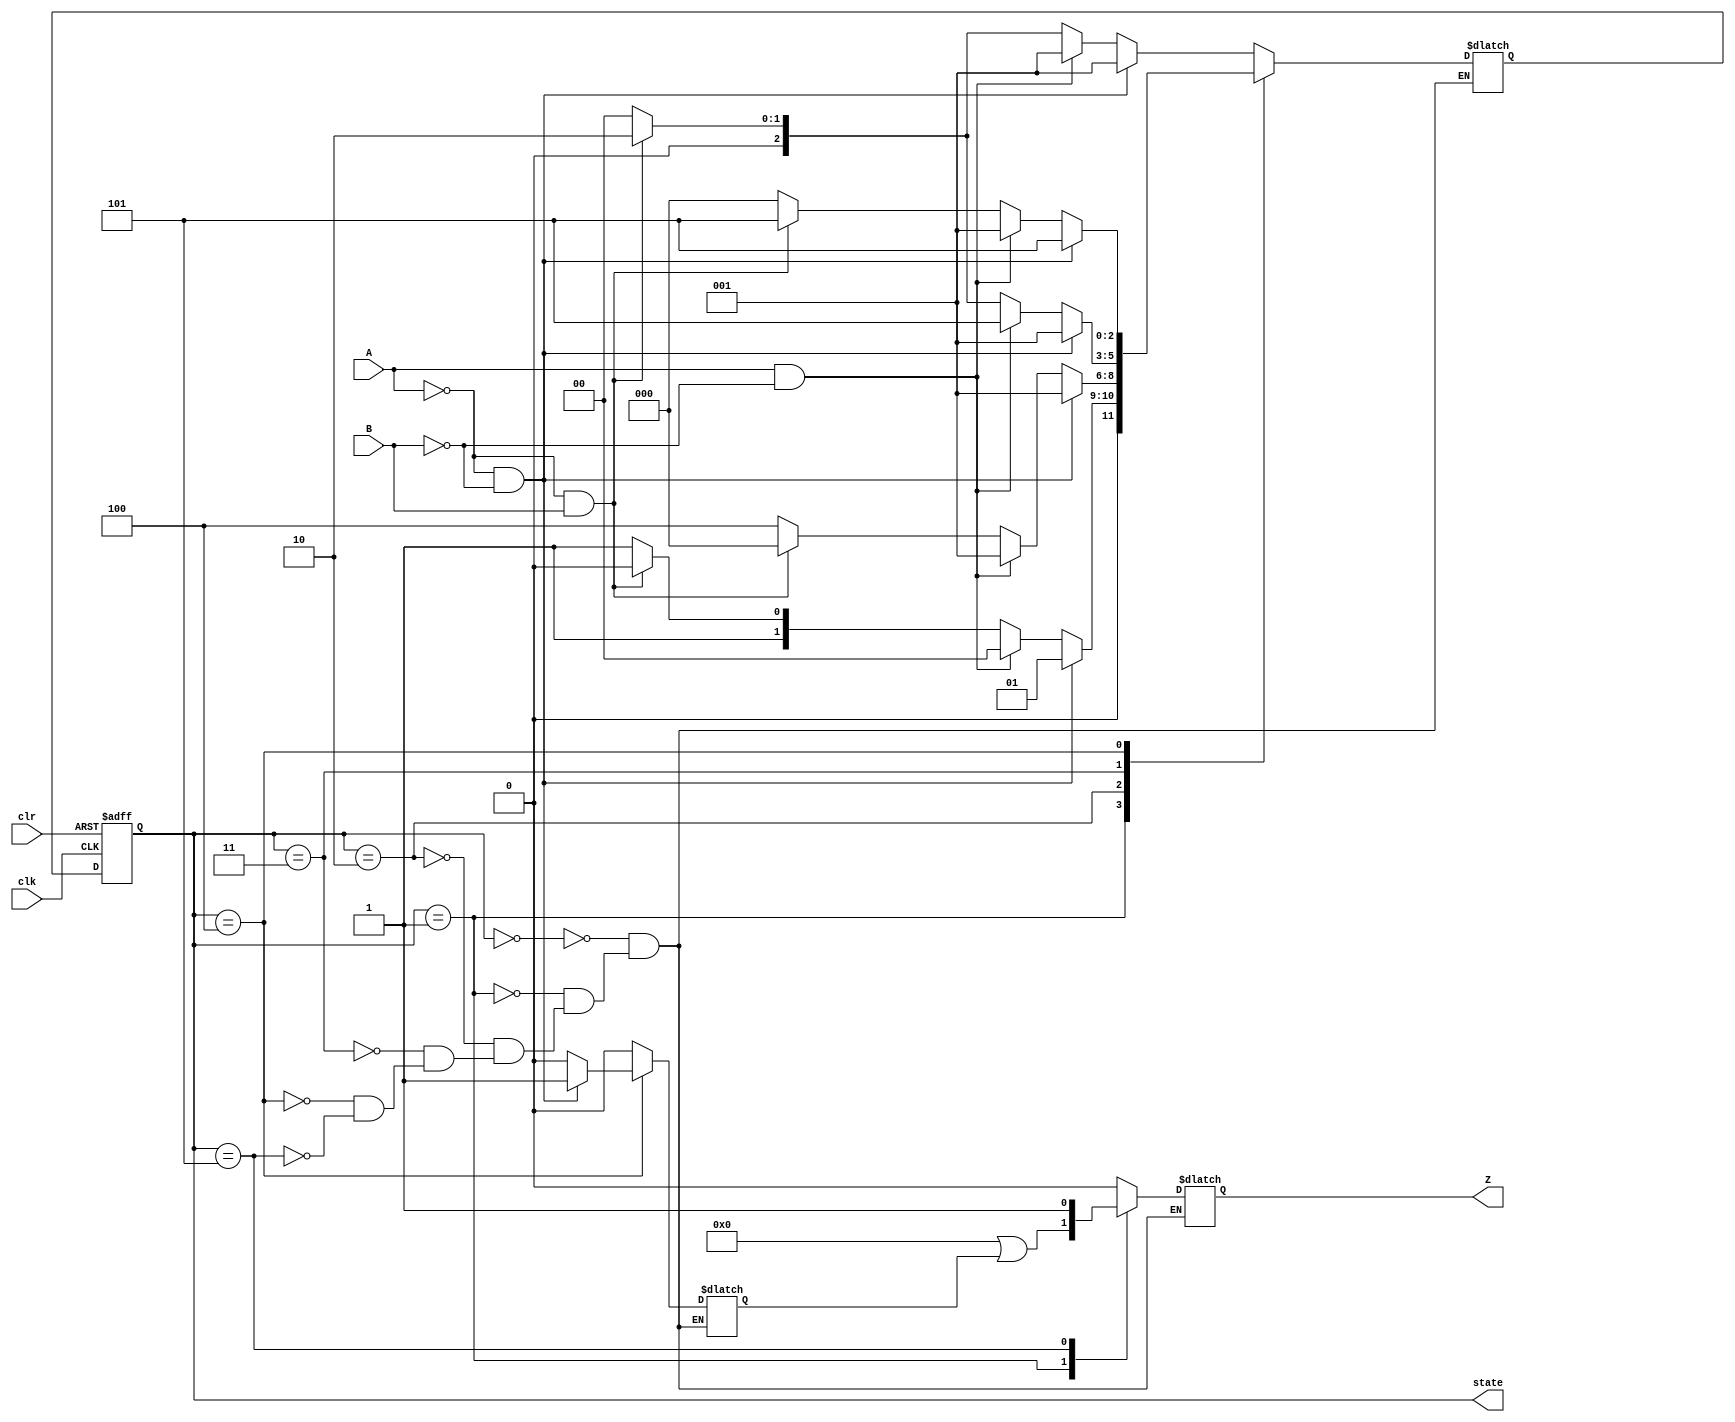
//
//01110
module Seq_Detec(
	//Input
		clk,
		clr, 
		A,
		B,
	//Output
		Z,
		state
	);
	parameter S = 0, S0 = 1, S01 = 2, S011 = 3, S0111 = 4, S1 = 5;//6S11
	
	input clk;
	input clr; //
	input 	A;
	input 	B;
	
	output reg Z;
	output [2:0] state;
	
	reg [2:0] current_state;
	reg [2:0] 	 next_state;
	reg flag; //
	
	//
	always @(posedge clk or negedge clr) //
	begin
		if(!clr) current_state = S; 
		else 	 current_state = next_state;
	end
	
	always @(*) //
	begin 
		case(current_state)
			S: 		if	   (A==0&&B==0)  begin next_state = S0;    Z = 0; flag = 0; end 
					else if(A==1&&B==0)  begin next_state = S0;    Z = 0; flag = 0; end 
					else if(A==0&&B==1)  begin next_state = S01;   Z = 0; flag = 0; end 
					else 				 begin next_state = S; 	   Z = 0; flag = 0; end
					
			S0:		if	   (A==0&&B==0)  begin next_state = S0;    Z = 0||flag; flag = 0; end 
					else if(A==1&&B==0)  begin next_state = S; 	   Z = 0||flag; flag = 0; end 
					else if(A==0&&B==1)  begin next_state = S01;   Z = 0||flag; flag = 0; end 
					else 				 begin next_state = S011;  Z = 0||flag; flag = 0; end
					
			S01:	if	   (A==0&&B==0)  begin next_state = S0;    Z = 0; flag = 0; end 
					else if(A==1&&B==0)  begin next_state = S0;    Z = 0; flag = 0; end 
					else if(A==0&&B==1)  begin next_state = S; 	   Z = 0; flag = 0; end 
					else 				 begin next_state = S0111; Z = 0; flag = 0; end
					
			S011:   if	   (A==0&&B==0)  begin next_state = S0;    Z = 0; flag = 0; end 
					else if(A==1&&B==0)  begin next_state = S1;    Z = 0; flag = 0; end //S
					else if(A==0&&B==1)  begin next_state = S01;   Z = 0; flag = 0; end 
					else 				 begin next_state = S;     Z = 0; flag = 0; end
					
			S0111:  if	   (A==0&&B==0)  begin next_state = S1;    Z = 0; flag = 1; end 
					else if(A==1&&B==0)  begin next_state = S0;    Z = 0; flag = 0; end 
					else if(A==0&&B==1)  begin next_state = S1;    Z = 0; flag = 0; end 
					else 				 begin next_state = S;     Z = 0; flag = 0; end
					
			S1:  	if	   (A==0&&B==0)  begin next_state = S0;    Z = 1; flag = 0; end 
					else if(A==1&&B==0)  begin next_state = S0;    Z = 1; flag = 0; end 
					else if(A==0&&B==1)  begin next_state = S01;   Z = 1; flag = 0; end 
					else 				 begin next_state = S; 	   Z = 1; flag = 0; end
		endcase
	end
	
	assign state = current_state;
	
endmodule